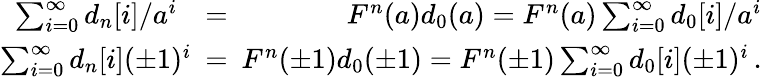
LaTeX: \begin{array}{rlr}{\sum_{i=0}^{\infty}d_{n}[i]/a^{i}}&{=}&{F^{n}(a)d_{0}(a)=F^{n}(a)\sum_{i=0}^{\infty}d_{0}[i]/a^{i}}\\ {\sum_{i=0}^{\infty}d_{n}[i](\pm 1)^{i}\! \! \! }&{=}&{\! \! \! F^{n}(\pm 1)d_{0}(\pm 1)=F^{n}(\pm 1)\sum_{i=0}^{\infty}d_{0}[i](\pm 1)^{i}\, .}\end{array}